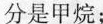
分是甲烷；